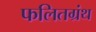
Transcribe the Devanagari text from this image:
फलितग्रंथ